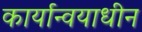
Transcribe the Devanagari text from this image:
कार्यान्वयाधीन